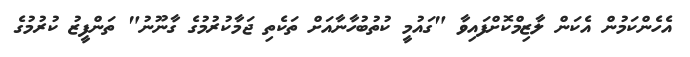
އެހެންކަމުން އެކަން ލާޒިމްކޮށްފައިވާ "ގައުމީ ކުތުބުހާނާއަށް ތަކެތި ޖަމާކުރުމުގެ ގާނޫނު" ތަންފީޒު ކުރުމުގެ